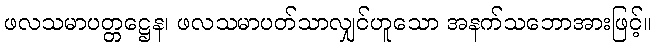
ဖလသမာပတ္တဋ္ဌေန၊ ဖလသမာပတ်သာလျှင်ဟူသော အနက်သဘောအားဖြင့်။